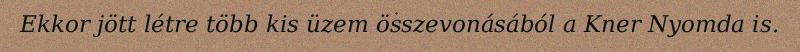
Ekkor jött létre több kis üzem összevonásából a Kner Nyomda is.